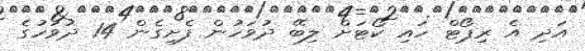
އަދި އެ ރިޕޯޓް ހައި ކޯޓަށް ލިބޭ ދުވަހުން ފެށިގެން 14 ދުވަހުގެ